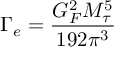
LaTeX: \Gamma _ { e } = \frac { G _ { F } ^ { 2 } M _ { \tau } ^ { 5 } } { 1 9 2 \pi ^ { 3 } }